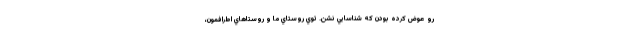
رو عوض كرده بودن كه شناسايي نشن. توي روستاي ما و روستاهاي اطرافمون،